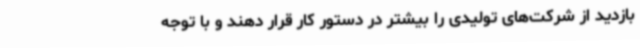
بازدید از شرکت‌های تولیدی را بیشتر در دستور کار قرار دهند و با توجه